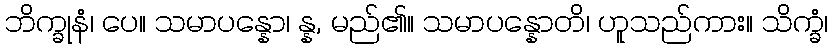
ဘိက္ခုနံ၊ ပေ။ သမာပန္နော၊ န္န, မည်၏။ သမာပန္နောတိ၊ ဟူသည်ကား။ သိက္ခံ၊